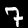
Digit: 7